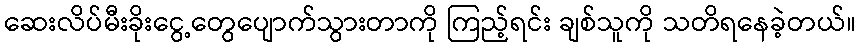
ဆေးလိပ်မီးခိုးငွေ့တွေပျောက်သွားတာကို ကြည့်ရင်း ချစ်သူကို သတိရနေခဲ့တယ်။